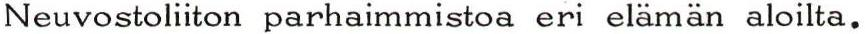
Neuvostoliiton parhaimmistoa eri elämän aloilta.